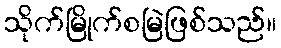
သိုက်မြိုက်စမြဲဖြစ်သည်။